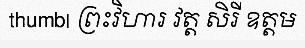
thumb| ព្រះវិហារ វត្ត សិរី ឧត្តម